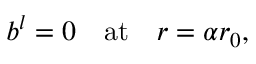
b ^ { l } = 0 \quad \mathrm { a t } \quad r = \alpha r _ { 0 } ,